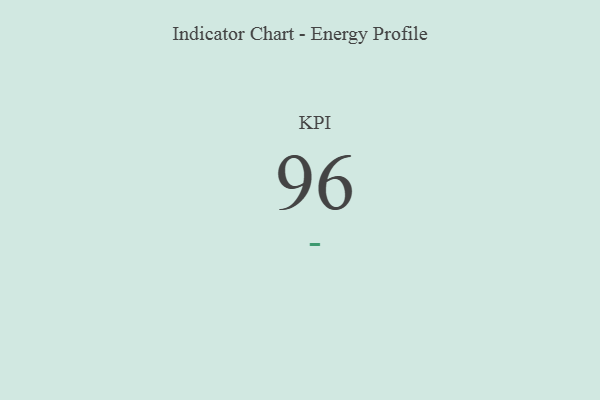
{"axis": {"x": "KPI", "y": "Value"}, "legend": [""], "data": [{"x": "KPI", "y": 96, "type": ""}]}